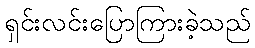
ရှင်းလင်းပြောကြားခဲ့သည်